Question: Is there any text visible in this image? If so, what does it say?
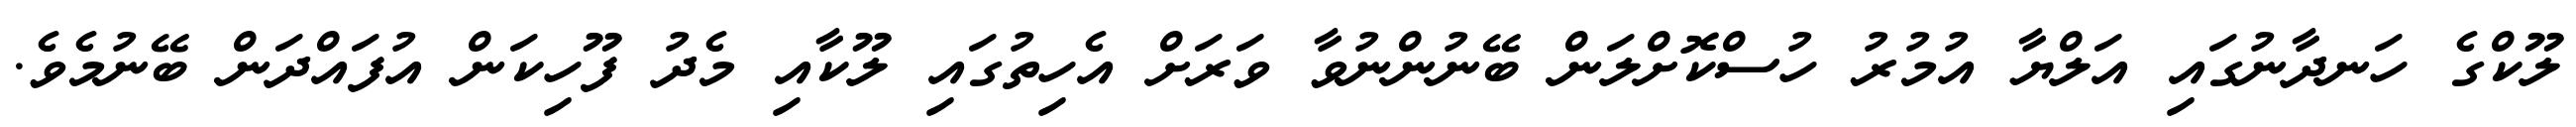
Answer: ލޫކްގެ ހަނދާނުގައި އަލްޔާ އުމުރު ހުސްކޮށްލަން ބޭނުންނުވާ ވަރަށް އެހިތުގައި ލޫކާއި މެދު ފޫހިކަން އުފައްދަން ބޭނުމެވެ.